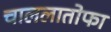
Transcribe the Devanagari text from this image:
चाललातोफा